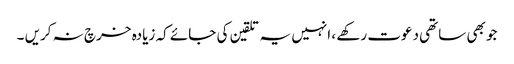
جو بھی ساتھی دعوت رکھے ، انہیں یہ تلقین کی جائے کہ زیادہ خرچ نہ کریں ۔